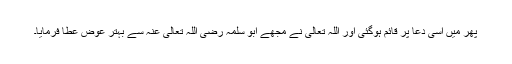
پھر میں اسی دعا پر قائم ہوگئی اور اللہ تعالیٰ نے مجھے ابو سلمہ رضی اللہ تعالیٰ عنہ سے بہتر عوض عطا فرمایا۔